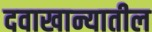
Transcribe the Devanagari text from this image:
दवाखान्यातील